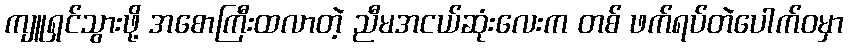
ကျူရှင်သွားဖို့ အစောကြီးထလာတဲ့ ညီမအငယ်ဆုံးလေးက တစ် ဖက်ရပ်တဲပေါက်ဝမှာ